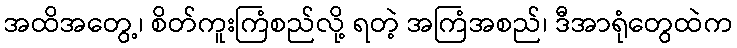
အထိအတွေ့၊ စိတ်ကူးကြံစည်လို့ ရတဲ့ အကြံအစည်၊ ဒီအာရုံတွေထဲက